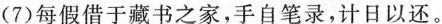
(7)每假借于藏书之家，手自笔录，计日以还。